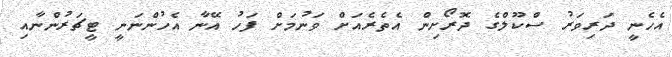
އެހެނީ ދަރިވަރު ސްކޫލްގެ ދޮރޯށިން އެތެރެއަށް ވަނުމަށް ފަހު އޭނާ އެހުންނަނީ ޓީޗަރުންނާއި